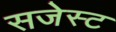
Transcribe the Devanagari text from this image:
सजेस्ट